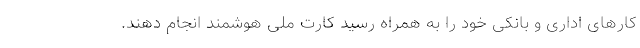
کار‌های اداری و بانکی خود را به همراه رسید کارت ملی هوشمند انجام دهند.